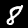
Label: 8